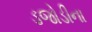
ડજોડીના